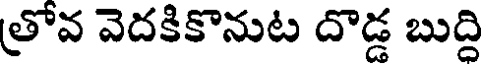
త్రోవ వెదకికొనుట దొడ్డ బుద్ది